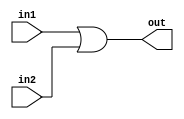
/*
    CS/ECE 552 Spring '23
    Homework #1, Problem 1

    2 input OR
*/
`default_nettype none
module or2 (out,in1,in2);
    output wire out;
    input wire in1,in2;
    assign out = (in1 | in2);
endmodule
`default_nettype wire